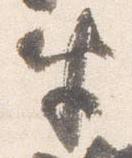
半